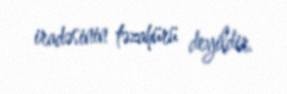
iradəsinin təzahürü deyildir.